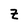
Character: Z